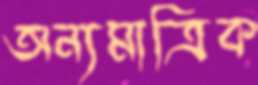
অন্যমাত্রিক